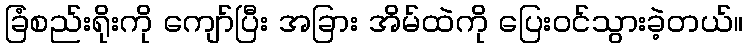
ခြံစည်းရိုးကို ကျော်ပြီး အခြား အိမ်ထဲကို ပြေးဝင်သွားခဲ့တယ်။